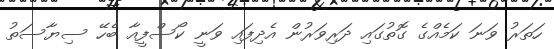
ހަތަރު ވަނަ ކަމެއްގެ ގޮތުގައި ދަރިވަރުން އެދިފައި ވަނީ ކޯސްފީއާ ބެހޭ ސިޔާސަތު